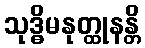
သုဒ္ဓိမနုတ္ထုနန္တိ